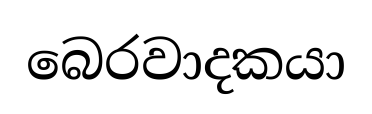
බෙරවාදකයා